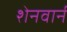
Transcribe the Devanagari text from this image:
शेनवार्न